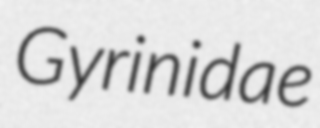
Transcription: Gyrinidae